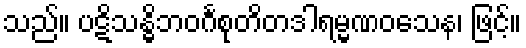
သည်။ ပဋိသန္ဓိဘဝင်္ဂစုတိတဒါရမ္မဏဝသေန၊ ဖြင့်။